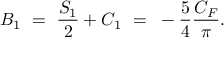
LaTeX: B _ { 1 } ~ = ~ \frac { S _ { 1 } } { 2 } + C _ { 1 } ~ = ~ - \frac { 5 } { 4 } \frac { C _ { F } } { \pi } .